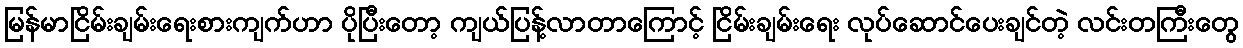
မြန်မာငြိမ်းချမ်းရေးစားကျက်ဟာ ပိုပြီးတော့ ကျယ်ပြန့်လာတာကြောင့် ငြိမ်းချမ်းရေး လုပ်ဆောင်ပေးချင်တဲ့ လင်းတကြီးတွေ